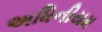
અધિનીયમ